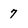
Character: 7